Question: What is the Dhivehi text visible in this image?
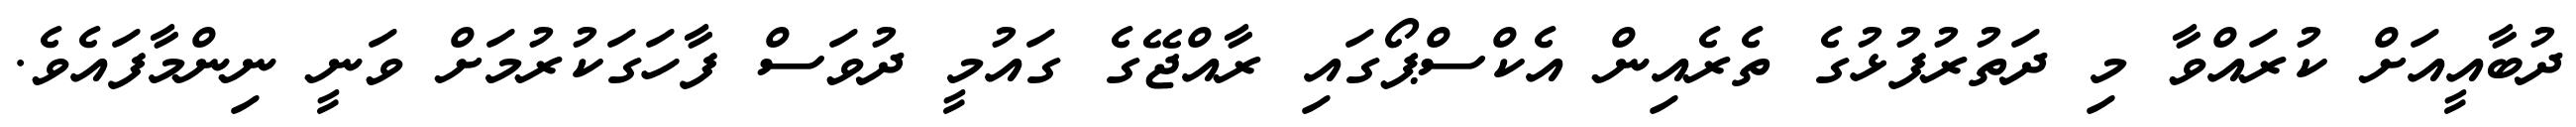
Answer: ދުބާއީއަށް ކުރައްވާ މި ދަތުރުފުޅުގެ ތެރެއިން އެކްސްޕޯގައި ރާއްޖޭގެ ގައުމީ ދުވަސް ފާހަގަކުރުމަށް ވަނީ ނިންމާފައެވެ.